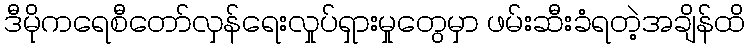
ဒီမိုကရေစီတော်လှန်ရေးလှုပ်ရှားမှုတွေမှာ ဖမ်းဆီးခံရတဲ့အချိန်ထိ